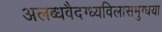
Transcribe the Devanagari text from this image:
अलब्धवैदग्ध्यविलासमुग्धया